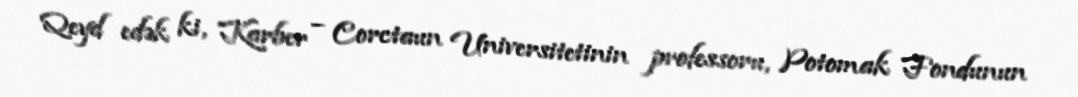
Qeyd edək ki, Karber – Corctaun Universitetinin professoru, Potomak Fondunun